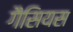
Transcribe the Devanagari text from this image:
गैसियस